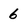
Character: 6